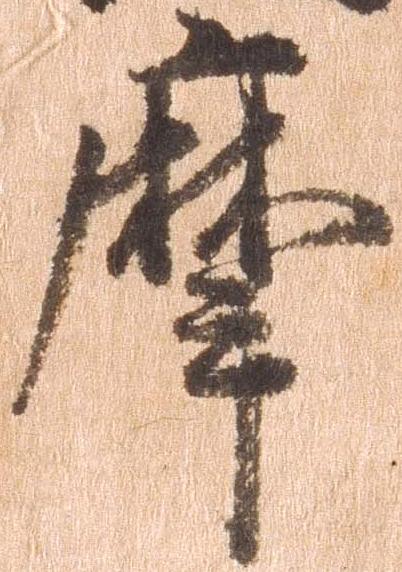
摩